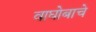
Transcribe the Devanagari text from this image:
वाघोबाचे